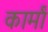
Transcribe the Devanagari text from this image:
कार्मां